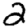
Digit: 2